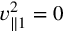
v _ { \parallel 1 } ^ { 2 } = 0